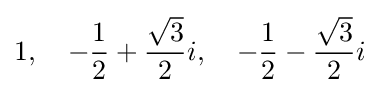
1,\quad -{\frac {1}{2}}+{\frac {\sqrt {3}}{2}}i,\quad -{\frac {1}{2}}-{\frac {\sqrt {3}}{2}}i